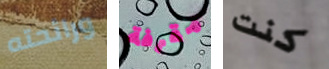
ورائحته مقرفة كنت